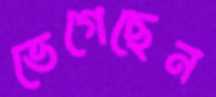
ভেগেছেন